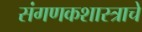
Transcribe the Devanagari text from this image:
संगणकशास्त्राचे